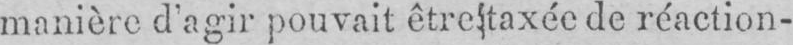
manière d’agir pouvait être taxée de réaction-